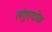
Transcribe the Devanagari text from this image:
लंगुएदोक